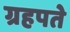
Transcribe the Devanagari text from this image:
ग्रहपते